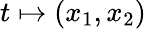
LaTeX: t\mapsto(x_{1},x_{2})